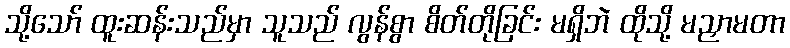
သို့သော် ထူးဆန်းသည်မှာ သူသည် လွန်စွာ စိတ်တိုခြင်း မရှိဘဲ ထိုသို့ မညှာမတာ